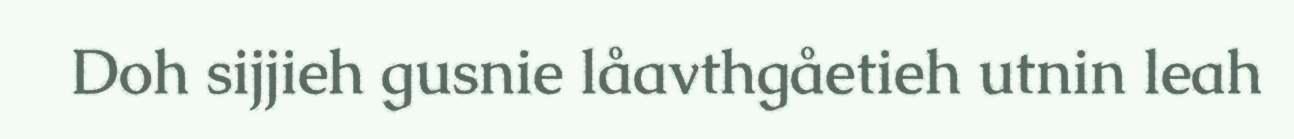
Doh sijjieh gusnie låavthgåetieh utnin leah